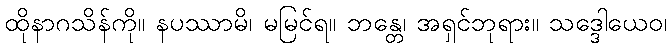
ထိုနာဂသိန်ကို။ နပဿာမိ၊ မမြင်ရ။ ဘန္တေ၊ အရှင်ဘုရား။ သဒ္ဒေါယေဝ၊